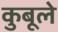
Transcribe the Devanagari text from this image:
कुबूले